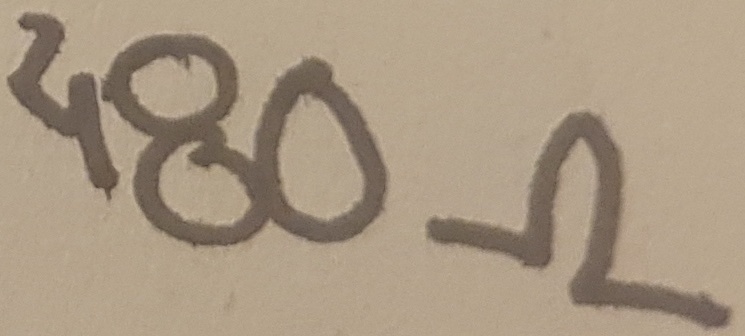
Text: 480Ω